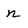
Character: n